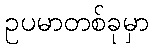
ဥပမာတစ်ခုမှာ